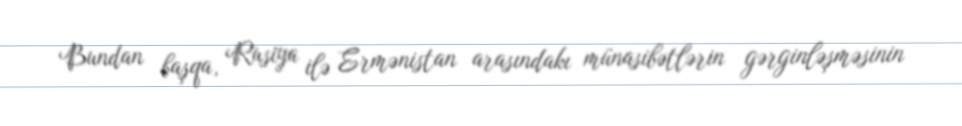
Bundan başqa, Rusiya ilə Ermənistan arasındakı münasibətlərin gərginləşməsinin